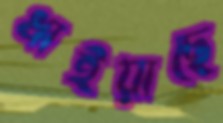
ধাইয়াছে